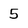
Character: 5